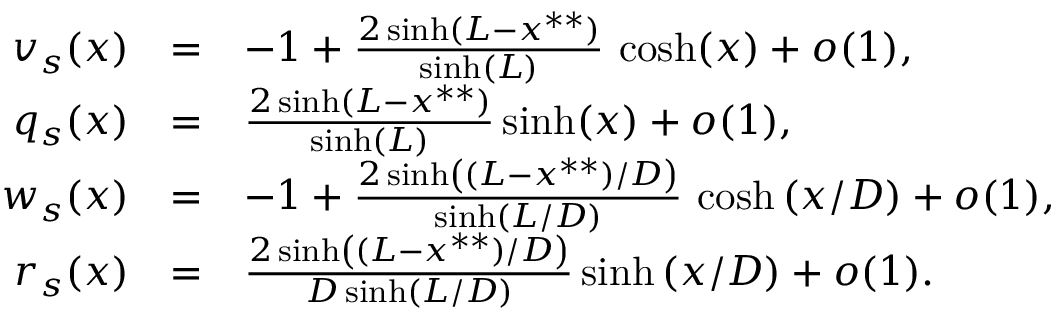
\begin{array} { r c l r c l } { v _ { s } ( x ) } & { = } & { - 1 + \frac { 2 \sinh ( L - x ^ { * * } ) } { \sinh ( L ) } \, \cosh ( x ) + o ( 1 ) , } \\ { q _ { s } ( x ) } & { = } & { \frac { 2 \sinh ( L - x ^ { * * } ) } { \sinh ( L ) } \sinh ( x ) + o ( 1 ) , } \\ { w _ { s } ( x ) } & { = } & { - 1 + \frac { 2 \sinh \left( ( L - x ^ { * * } ) / D \right) } { \sinh \left( L / D \right) } \, \cosh \left( x / D \right) + o ( 1 ) , } \\ { r _ { s } ( x ) } & { = } & { \frac { 2 \sinh \left( ( L - x ^ { * * } ) / D \right) } { D \sinh \left( L / D \right) } \sinh \left( x / D \right) + o ( 1 ) . } \end{array}